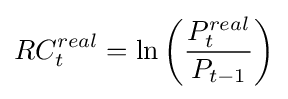
RC_{t}^{real}=\ln \left({\frac {P_{t}^{real}}{P_{t-1}}}\right)